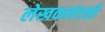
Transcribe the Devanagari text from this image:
लेखकमंडळी